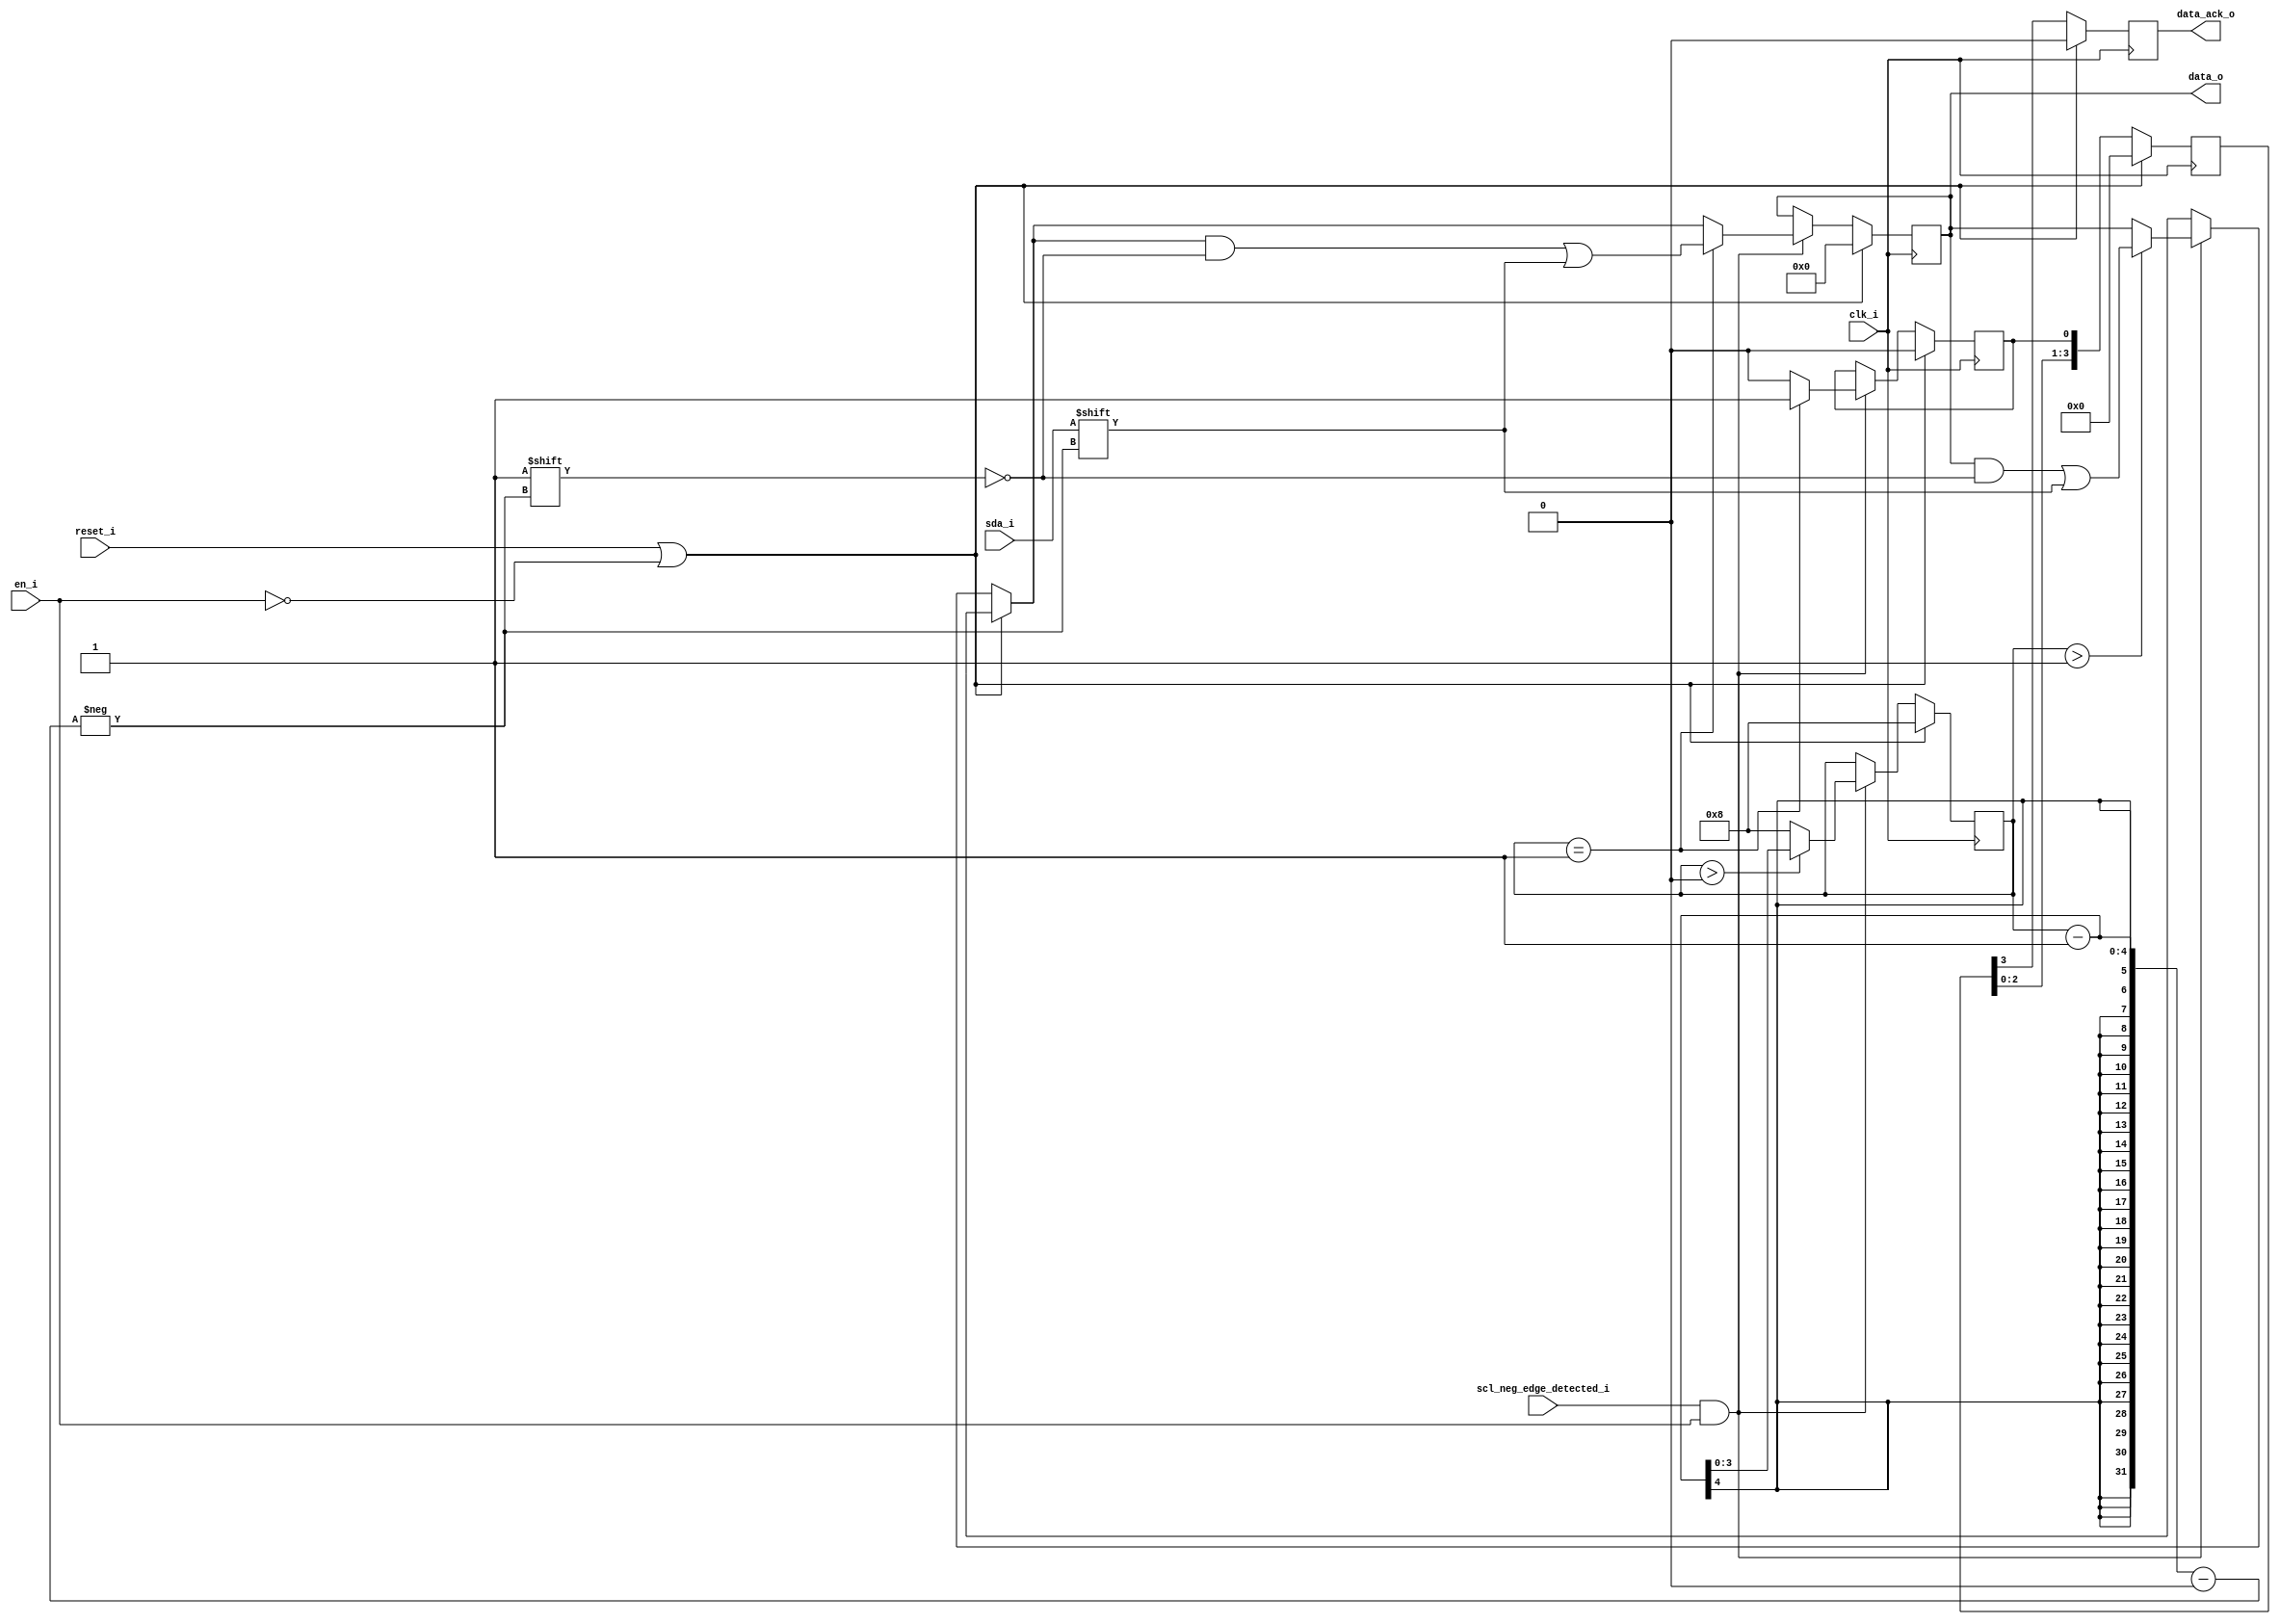
module data_receiver
  (
   input wire       clk_i,
   input wire       reset_i,
   input wire       en_i,
   input wire       sda_i,
   input wire       scl_neg_edge_detected_i,
   output reg       data_ack_o, 
   output reg [7:0] data_o
   );

   // Local Variables
   //--------------------------------------------
   reg [3:0]        data_bit_cnt;
   reg [3:0]        ack_pipe;
   reg              data_ack;
        
   // Data Receiver
   //--------------------------------------------
   always @(posedge clk_i) begin
      if (reset_i || ~en_i) begin
         data_bit_cnt <= 4'd8;
         data_ack <= 1'b0;
         data_o <= 8'd0;
      end
      else begin
         if (scl_neg_edge_detected_i && en_i) begin
            if (data_bit_cnt > 0) begin
               data_bit_cnt <= data_bit_cnt - 1;
            end
            else begin
               data_bit_cnt <= 4'd8;
            end  
            if (data_bit_cnt > 1) begin
               data_o[data_bit_cnt - 1] <= sda_i;
            end
            if (data_bit_cnt == 1) begin
               data_o[data_bit_cnt - 1] <= sda_i;
               data_ack <= 1'b1;
            end
            else begin
               data_ack <= 1'b0;
            end 
         end // if (scl_neg_edge_detected_i && en_i)
      end // else: !if(reset_i)
   end // always @ (posedge clk_i)

   // Pipe ack signal
   //--------------------------------------------
   always @(posedge clk_i) begin
      if (reset_i || ~en_i) begin
         ack_pipe <= 4'b0000;
         data_ack_o <= 1'b0;
      end
      else begin
         ack_pipe <= {ack_pipe[2:0] , data_ack};
         data_ack_o <= ack_pipe[3];
      end
   end // always @ (posedge clk_i)
  
endmodule